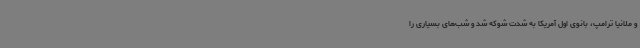
و ملانیا ترامپ، بانوی اول آمریکا به شدت شوکه شد و شب‌های بسیاری را